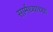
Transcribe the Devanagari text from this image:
सार्मथ्याच्या